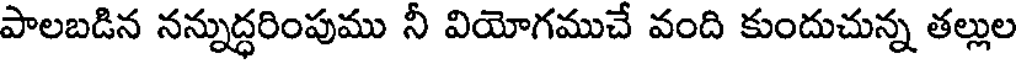
పాలబడిన నన్నుద్ధరింపుము నీ వియోగముచే వంది కుందుచున్న తల్లుల